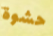
حشوة